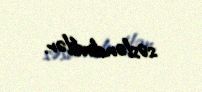
səsləndirdilər.